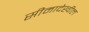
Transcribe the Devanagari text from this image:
सीमादेखील